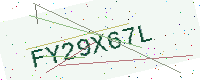
Text: FY29X67L